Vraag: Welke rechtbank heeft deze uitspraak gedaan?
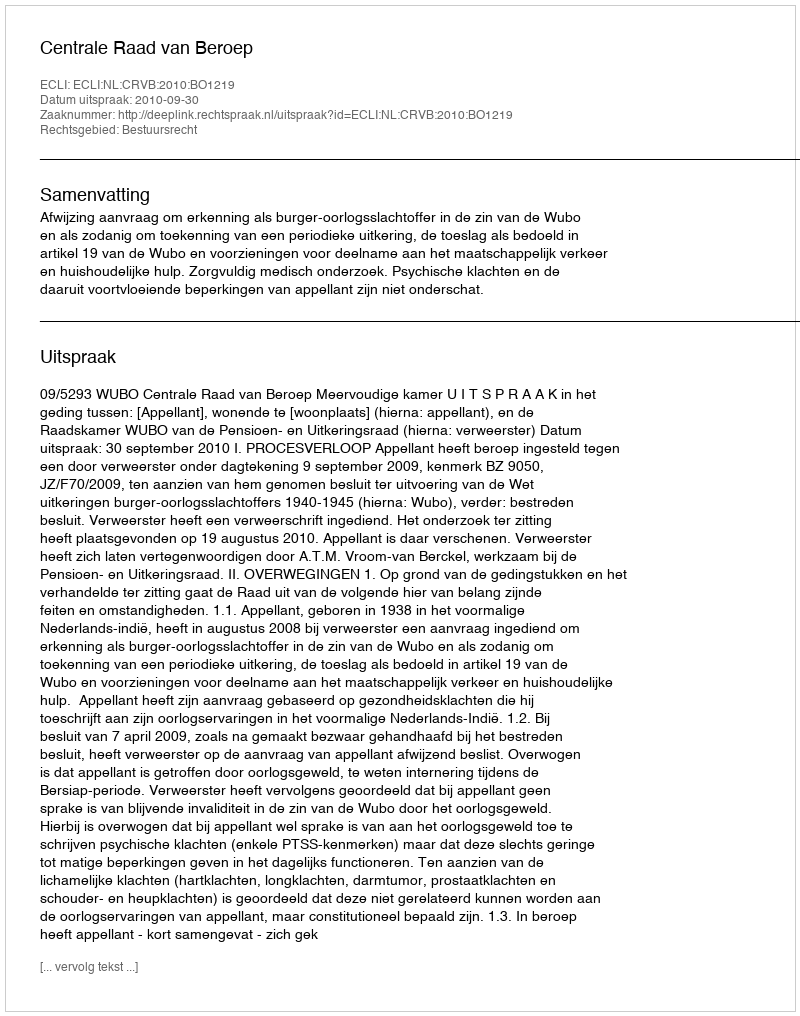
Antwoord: Centrale Raad van Beroep